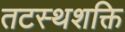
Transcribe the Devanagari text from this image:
तटस्थशक्ति